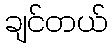
ချင်တယ်